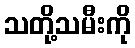
သတို့သမီးကို